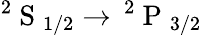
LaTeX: ^2\mathrm{~S~}_{1/2}\rightarrow\, ^{2}\mathrm{~P~}_{3/2}